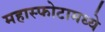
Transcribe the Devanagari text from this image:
महास्फोटामध्ये